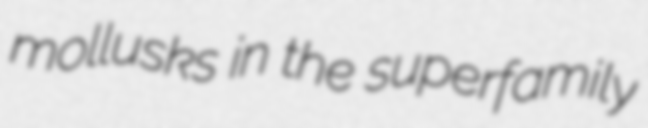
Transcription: mollusks in the superfamily